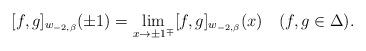
LaTeX: \begin{align*}\lbrack f,g]_{w_{-2,\beta}}(\pm1)=\lim_{x\rightarrow\pm1^{\mp}}[f,g]_{w_{-2,\beta}}(x)\quad(f,g\in\Delta).\end{align*}